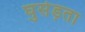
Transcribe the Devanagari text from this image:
घुसेड़ता